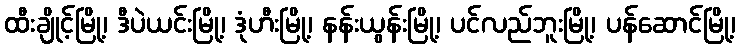
ထီးချိုင့်မြို့၊ ဒီပဲယင်းမြို့၊ ဒုံဟီးမြို့၊ နန်းယွန်းမြို့၊ ပင်လည်ဘူးမြို့၊ ပန်ဆောင်မြို့၊